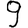
Digit: 9